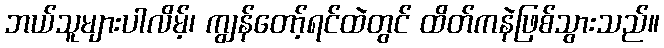
ဘယ်သူများပါလိမ့်၊ ကျွန်တော့်ရင်ထဲတွင် ထိတ်ကနဲဖြစ်သွားသည်။